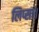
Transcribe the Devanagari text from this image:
लिप्सा।